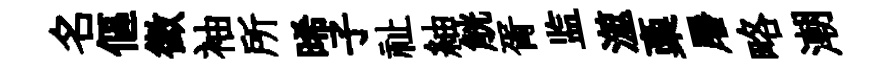
名傴徵袖所晞子祉紬觥胥监澨稾屠略潮